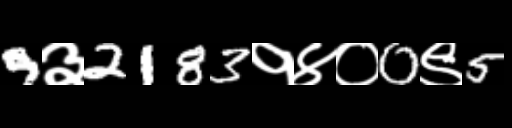
Text: 9३2183१४०0९5